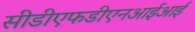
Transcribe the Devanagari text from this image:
सीडीएफडीएनआईआई